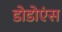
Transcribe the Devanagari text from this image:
डोडोएंस